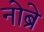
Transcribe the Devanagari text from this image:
नोब्रे